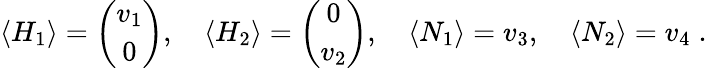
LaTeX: \langle H_{1}\rangle={\binom{v_{1}}{0}},\quad\langle H_{2}\rangle={\binom{0}{v_{2}}},\quad\langle N_{1}\rangle=v_{3},\quad\langle N_{2}\rangle=v_{4}\; .